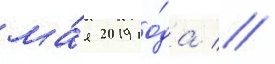
ма́я 2019 го́да //